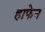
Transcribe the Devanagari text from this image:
हाफेन